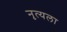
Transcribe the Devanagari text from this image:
नृत्यला